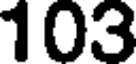
103